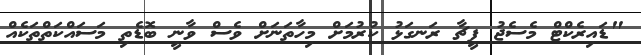
"ޑައިރެކްޓް މެސެޖު ފީޗާ ރަނގަޅު ކުރުމަށް މިހާތަނަށް ވެސް ވާނީ ބޮޑެތި މަސައްކަތްތަކެއް